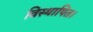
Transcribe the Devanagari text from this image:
विस्थापित।